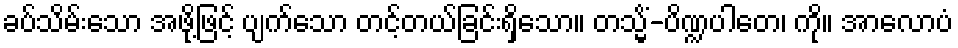
ခပ်သိမ်းသော အဖို့ဖြင့် ပျက်သော တင့်တယ်ခြင်းရှိသော။ တသ္မိံ-ပိဏ္ဍပါတေ၊ ကို။ အာလောပံ